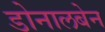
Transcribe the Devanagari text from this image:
डोनालबेन